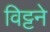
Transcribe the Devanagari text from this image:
विट्टने